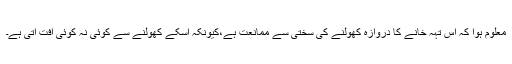
معلوم ہوا کہ اس تہہ خانے کا دروازہ کھولنے کی سختی سے ممانعت ہے،کیونکہ اسکے کھولنے سے کوئی نہ کوئی آفت آتی ہے۔